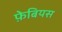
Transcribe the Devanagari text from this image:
फ़ेबियस